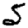
Digit: 5